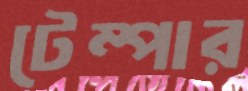
টেম্পার